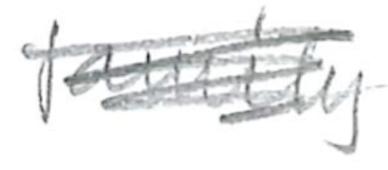
Text: family
Cross-out: scratch
Writing tool: pencil